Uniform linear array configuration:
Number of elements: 24
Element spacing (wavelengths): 0.75
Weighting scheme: cosine
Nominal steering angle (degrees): -30
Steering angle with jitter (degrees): -31.392
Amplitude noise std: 0.05
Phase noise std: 0.05

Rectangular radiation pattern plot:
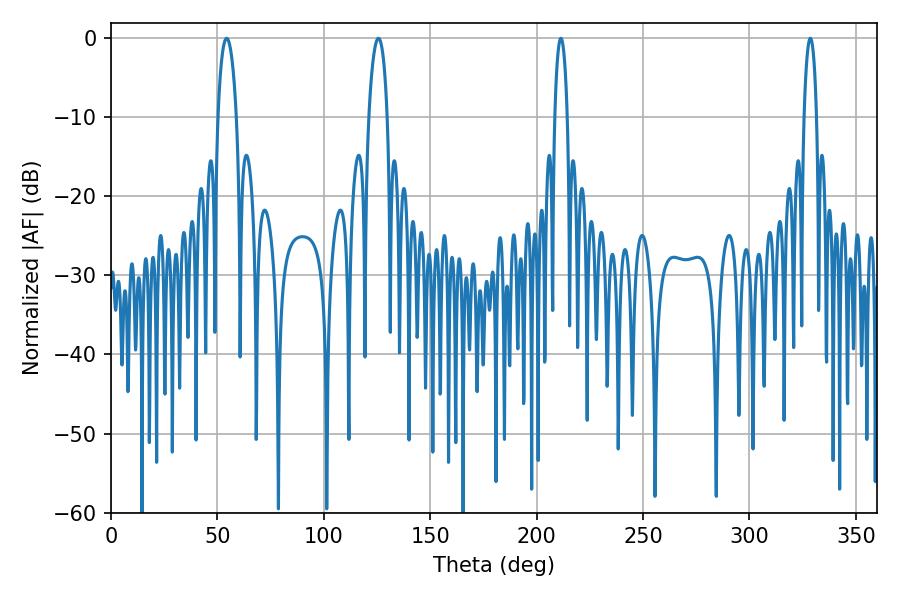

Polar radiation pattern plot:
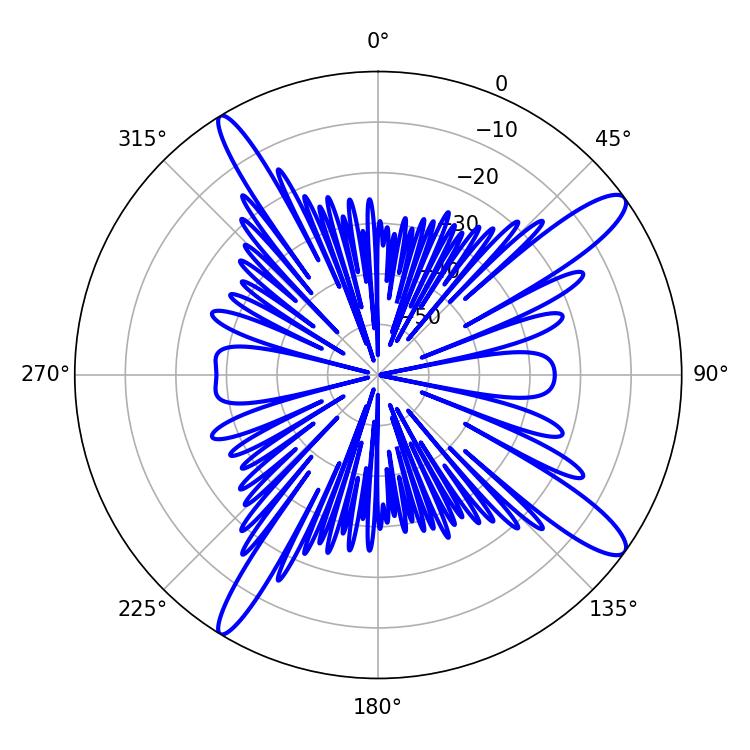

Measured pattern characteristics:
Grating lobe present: TRUE
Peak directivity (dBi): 13.606
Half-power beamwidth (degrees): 4.86
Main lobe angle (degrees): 54.36